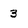
Character: 3